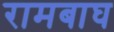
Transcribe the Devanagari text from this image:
रामबाघ